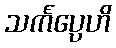
သင်္ကပ္ပေဟိ